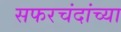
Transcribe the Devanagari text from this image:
सफरचंदांच्या